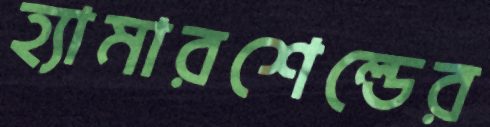
হ্যামারশেল্ডের